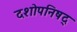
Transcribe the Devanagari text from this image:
दशोपनिषद्